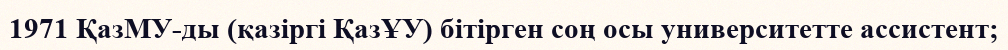
1971 ҚазМУ-ды (қазіргі ҚазҰУ) бітірген соң осы университетте ассистент;